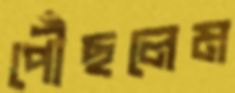
পৌঁছলেম